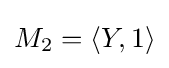
M_{2}=\langle Y,1\rangle